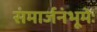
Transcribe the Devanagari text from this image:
संमार्जनंभूमेः